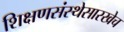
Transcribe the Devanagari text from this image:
शिक्षणसंस्थेसारखेच